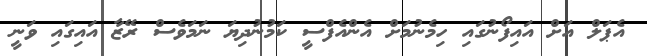
އެޕަލް އަށް އައިފޯނުގައި ހިމެނުމަށް އެންއެފްސީ ކަމުނުދިޔަ ނަމަވެސް ރޭޒާ އައިގައި ވަނީ